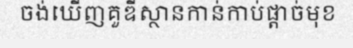
ចង់ឃើញគួឌីស្ថានកាន់កាប់ផ្តាច់មុខ